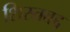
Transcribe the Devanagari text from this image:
शिस्तबद्द